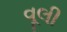
વૂલી